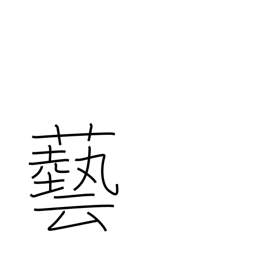
Meaning: stunt